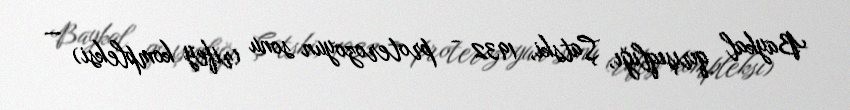
Baykal qırışıqlığı, Şatski, 1932 - proterozoyun sonu (rifey kompleksi) —